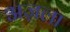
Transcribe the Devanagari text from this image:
अज़ला